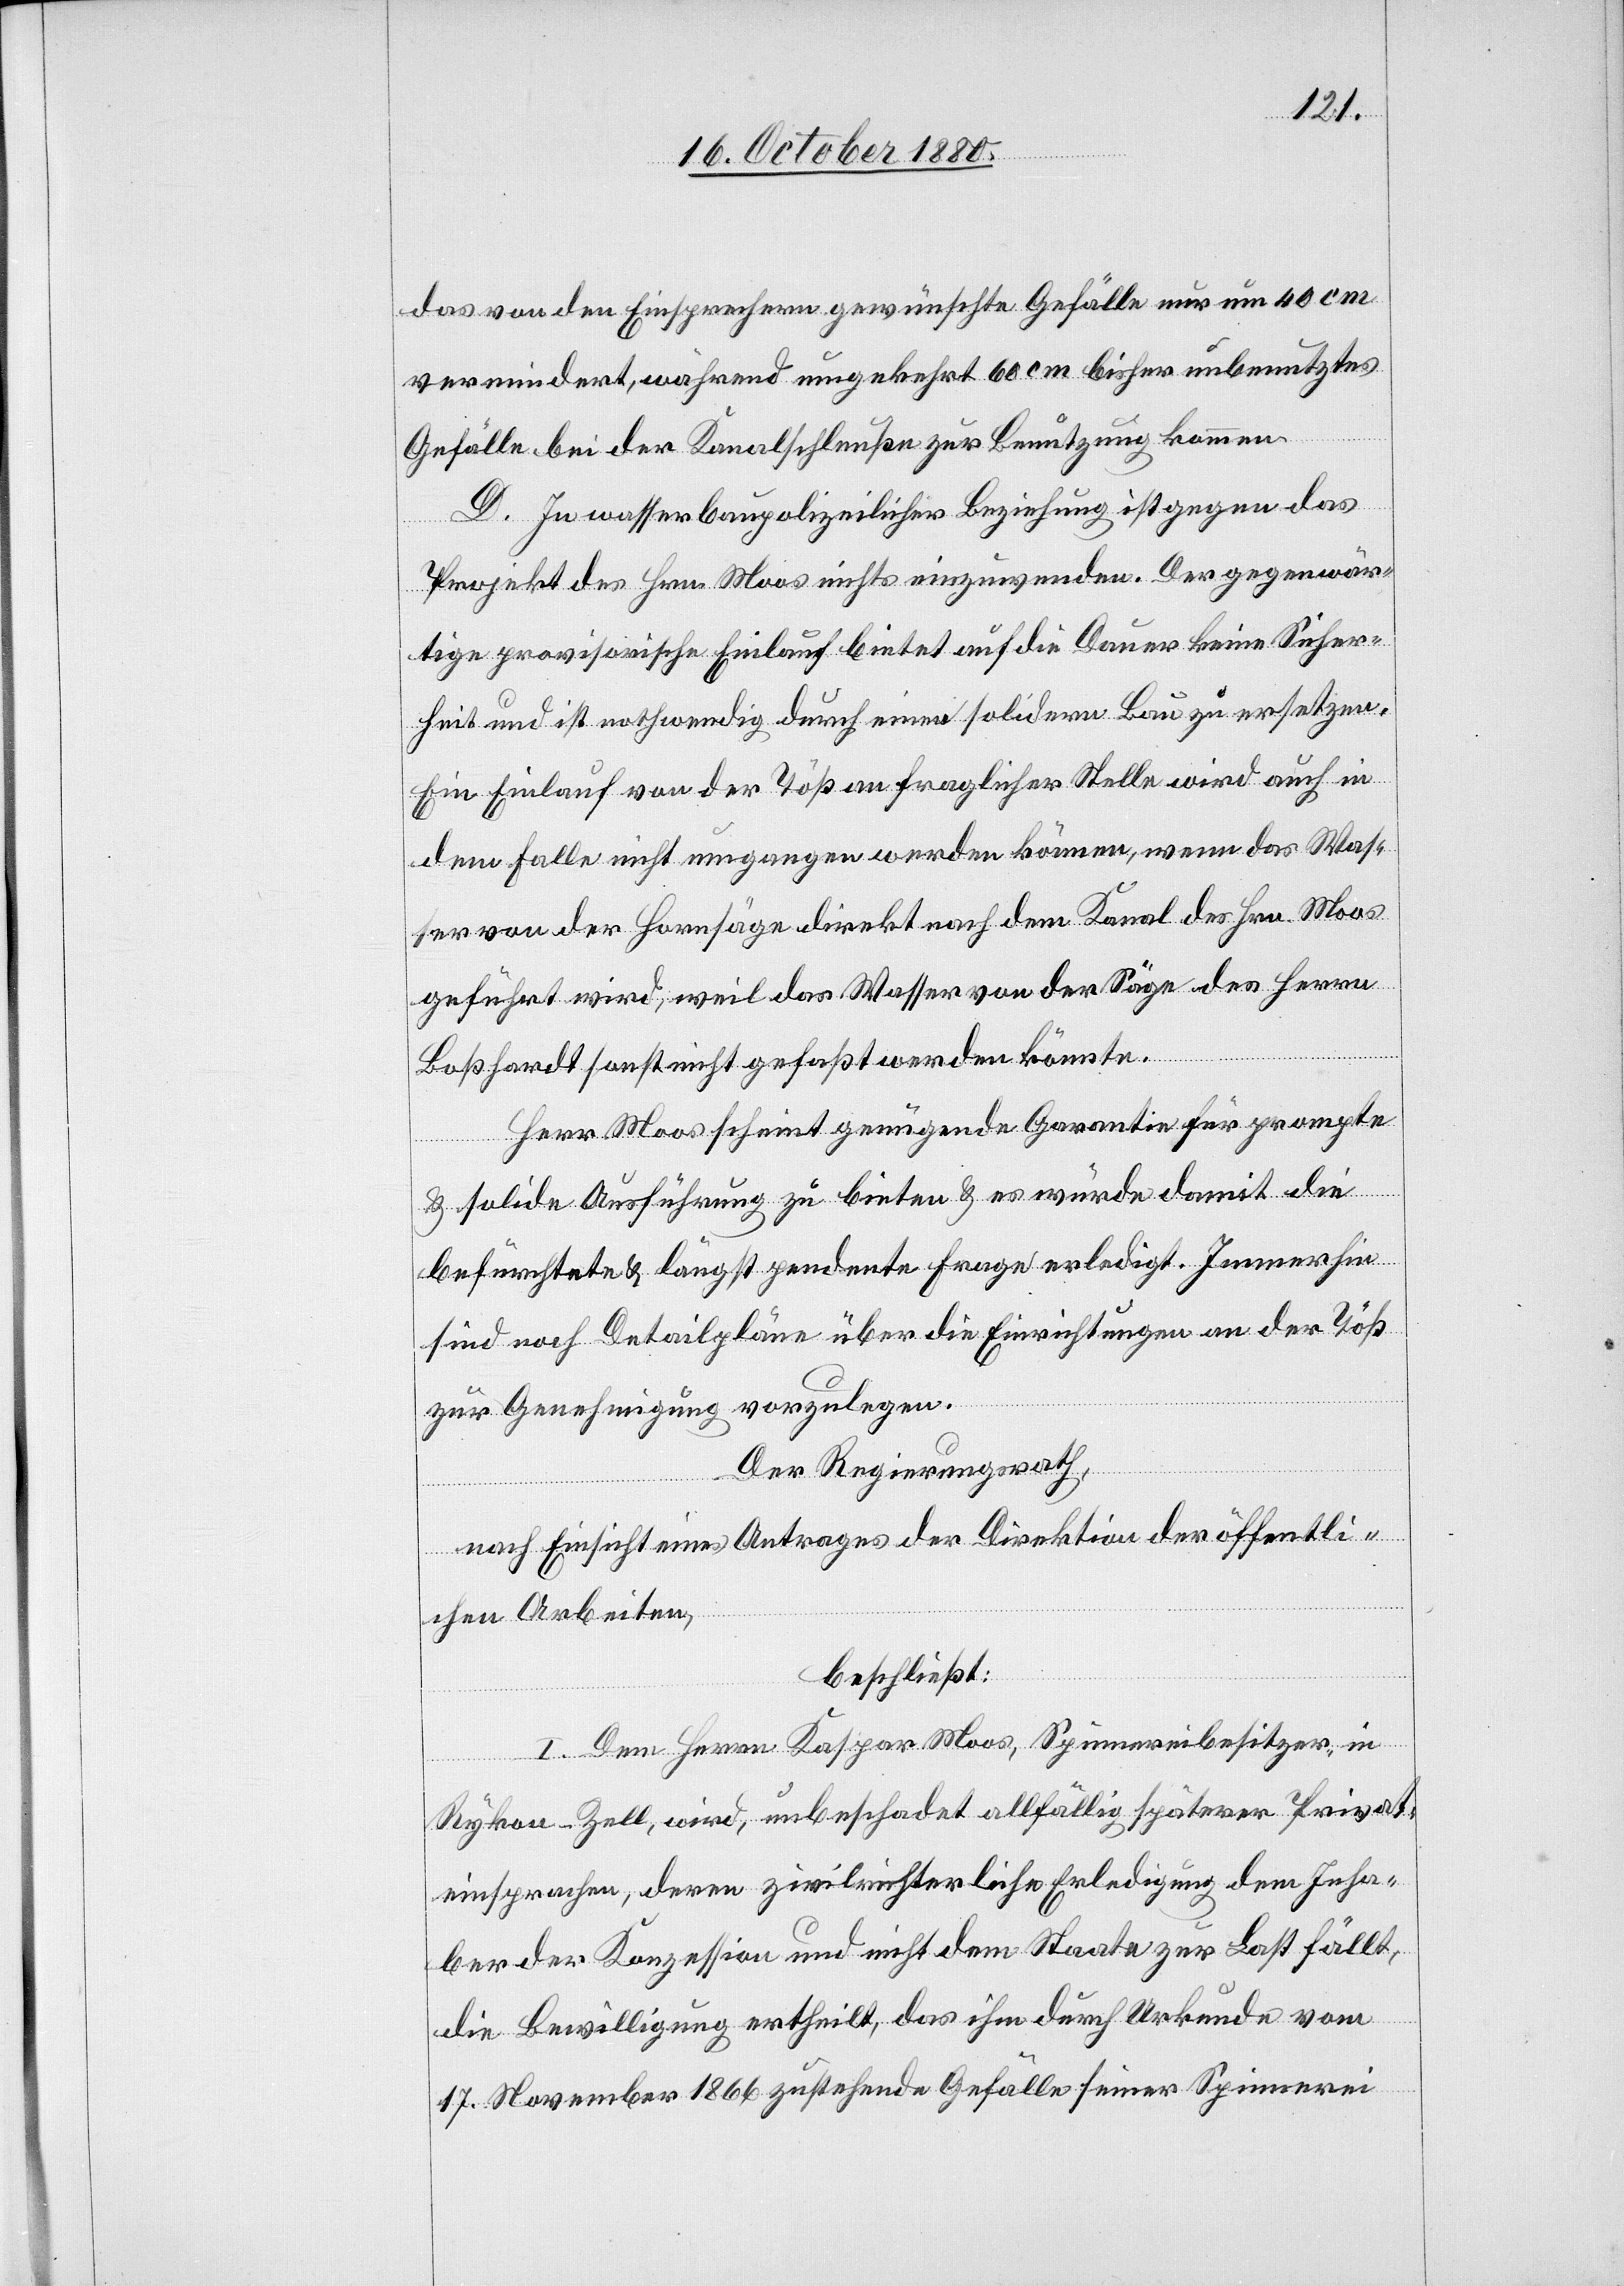
das von den Einsprechern gewünschte Gefälle nur um 40 cm
vermindert, während umgekehrt 60 cm bisher unbenutztes
Gefälle bei der Kanalschleuße zur Benutzung kommen.
D. In wasserbaupolizeilicher Beziehung ist gegen das
Projekt des Hrn. Moos nichts einzuwenden. Der gegenwär¬
tige provisorische Einlauf bietet an die Dauer keine Sicher¬
heit und ist nothwendig durch einen solidern zu ersetzen.
Ein Einlauf von der Töß an fraglicher Stelle wird auch in
dem Falle nicht umgangen werden können, wenn das Was¬
ser von der Hornsäge direkt nach dem Kanal des Hrn. Moos
geführt wird, weil das Wasser von der Säge des Herrn
Boßhardt sonst nicht gefaßt werden könnte.
Herr Moos scheint genügende Garantie für prompte
& solide Ausführung zu bieten & es würde damit die
befürchtete & längst pendente Frage erledigt. Immerhin
sind noch Detailpläne über die Einrichtungen an der Töß
zur Genehmigung vorzulegen.
Der Regierungsrath,
nach Einsicht eines Antrages der Direktion der öffentli¬
chen Arbeiten,
beschließt:
I. Dem Herren Kaspar Moos, Spinnereibesitzer, in
Rykon - Zell, wird, unbeschadet allfällig späterer Privat¬
einsprachen, deren zivilrichterliche Erledigung dem Inha¬
ber der Konzession und nicht dem Staate zur Last fällt,
die Bewilligung ertheilt, das ihm durch Urkunde vom
17. November 1866 zustehende Gefälle seiner Spinnerei